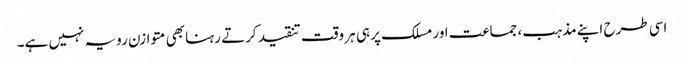
اسی طرح اپنے مذہب، جماعت اور مسلک پر ہی ہر وقت تنقید کرتے رہنا بھی متوازن رویہ نہیں ہے۔